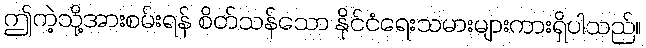
ဤကဲ့သို့အားစမ်းရန် စိတ်သန်သော နိုင်ငံရေးသမားများကားရှိပါသည်။